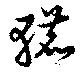
轆